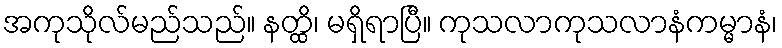
အကုသိုလ်မည်သည်။ နတ္ထိ၊ မရှိရာပြီ။ ကုသလာကုသလာနံကမ္မာနံ၊